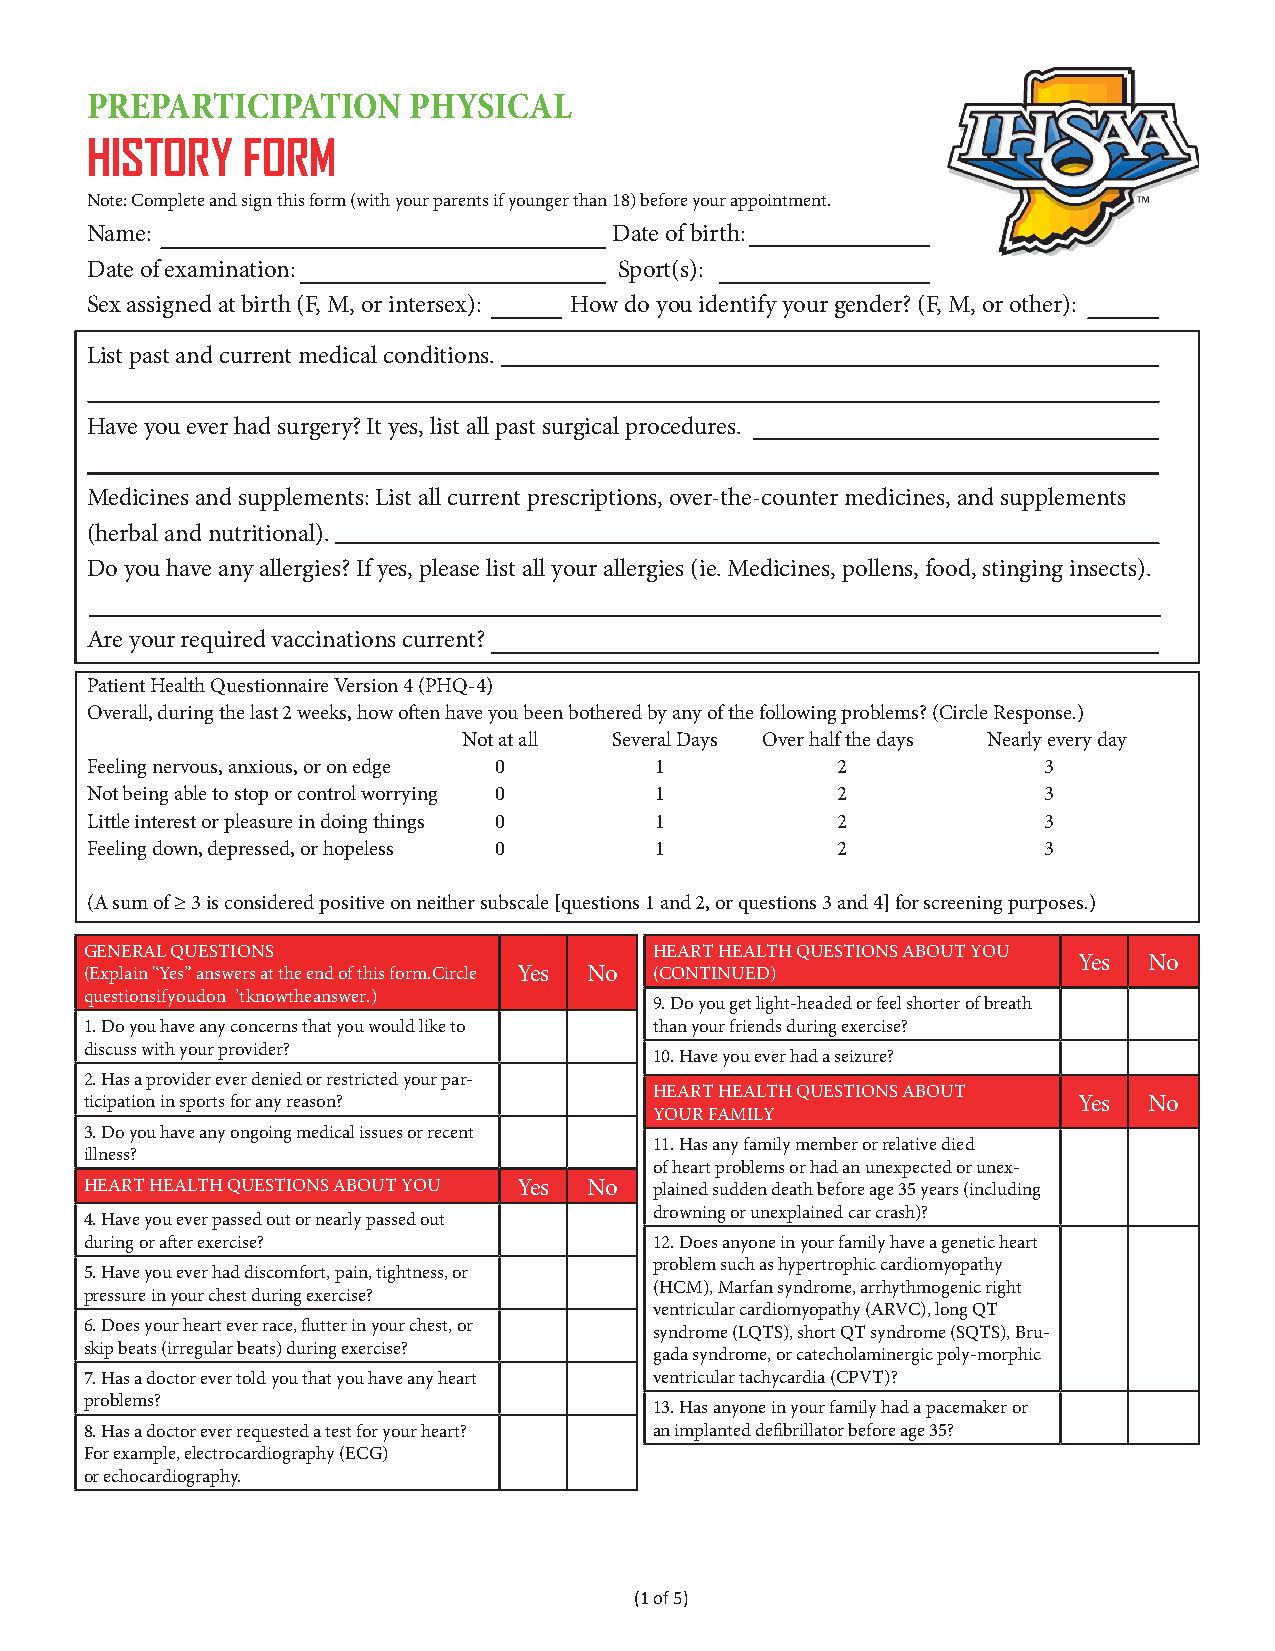
PREPARTICIPATION     PHYSICAL
 HISTORY   FORM
 Note: Complete and sign this form (with your parents if younger than 18) before your appointment.
 Name:                              Date of birth:
 Date of examination:               Sport(s):
 Sex assigned at birth (F, M, or intersex): How do you identify your gender? (F, M, or other):
 List past and current medical conditions.
 Have you ever had surgery? It yes, list all past surgical procedures.
 Medicines and supplements: List all current prescriptions, over-the-counter medicines, and supplements
 (herbal and nutritional).
 Do you have any allergies? If yes, please list all your allergies (ie. Medicines, pollens, food, stinging insects).
 Are your required vaccinations current?
 Patient Health Questionnaire Version 4 (PHQ-4)
 Overall, during the last 2 weeks, how often have you been bothered by any of the following problems? (Circle Response.)
 Not at all Several Days Over half the days Nearly every day
 Feeling nervous, anxious, or on edge 0 1         2             3
 Not being able to stop or control worrying 0 1   2             3
 Little interest or pleasure in doing things 0 1  2             3
 Feeling down, depressed, or hopeless 0 1         2             3
 (A sum of ≥ 3 is considered positive on neither subscale [questions 1 and 2, or questions 3 and 4] for screening purposes.)
 GENERAL QUESTIONS                    HEART HEALTH QUESTIONS ABOUT YOU
 Yes  No
 (Explain “Yes” answers at the end of this form. Yes No (CONTINUED)
 Circle questions if you don’t know the answer.)
 9.Do you get light-headed or feel shorter of breath
 1.Do you have any concerns that you would like to than your friends during exercise?
 discuss with your provider?
 10.Have you ever had a seizure?
 2.Has a provider ever denied or restricted your par-
 HEART HEALTH QUESTIONS ABOUT YOUR
 ticipation in sports for any reason?                             Yes  No
 FAMILY
 3.Do you have any ongoing medical issues or recent
 11.Has any family member or relative died
 illness?
 of heart problems or had an unexpected or unex-
 HEART HEALTH QUESTIONS ABOUT YOU Yes No plained sudden death before age 35 years (including
 drowning or unexplained car crash)?
 4.Have you ever passed out or nearly passed out
 during or after exercise?            12.Does anyone in your family have a genetic heart
 problem such as hypertrophic cardiomyopathy
 5.Have you ever had discomfort, pain, tightness, or
 (HCM), Marfan syndrome, arrhythmogenic right
 pressure in your chest during exercise?
 ventricular cardiomyopathy (ARVC), long QT
 6.Does your heart ever race, flutter in your chest, or
 syndrome (LQTS), short QT syndrome (SQTS), Bru-
 skip beats (irregular beats) during exercise?
 gada syndrome, or catecholaminergic poly-morphic
 7.Has a doctor ever told you that you have any heart ventricular tachycardia (CPVT)?
 problems?
 13.Has anyone in your family had a pacemaker or
 8.Has a doctor ever requested a test for your heart? an implanted defibrillator before age 35?
 For example, electrocardiography (ECG)
 or echocardiography.
 (1 of 5)